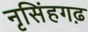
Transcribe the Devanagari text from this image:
नृसिंहगढ़